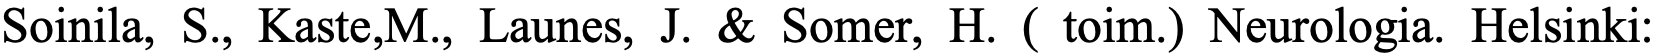
Soinila, S., Kaste,M., Launes, J. & Somer, H. ( toim.) Neurologia. Helsinki: